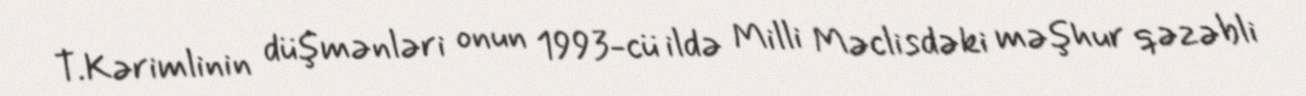
T.Kərimlinin düşmənləri onun 1993-cü ildə Milli Məclisdəki məşhur qəzəbli